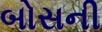
બોસની